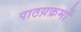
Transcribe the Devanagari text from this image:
पाठय़क्रमों